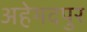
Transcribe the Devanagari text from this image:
अहेमदपुर